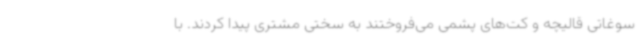
سوغاتی قالیچه و کت‌های پشمی می‌فروختند به سختی مشتری پیدا کردند. با